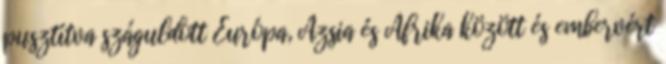
pusztítva száguldott Európa, Ázsia és Afrika között és embervért